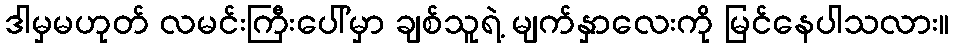
ဒါမှမဟုတ် လမင်းကြီးပေါ်မှာ ချစ်သူရဲ့ မျက်နှာလေးကို မြင်နေပါသလား။